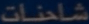
CLINIC